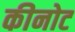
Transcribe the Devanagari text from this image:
कीनोट